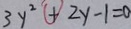
3 y ^ { 2 } + 2 y - 1 = 0